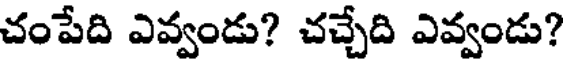
చంపేది ఎవ్వండు? చచ్చేది ఎవ్వండు?